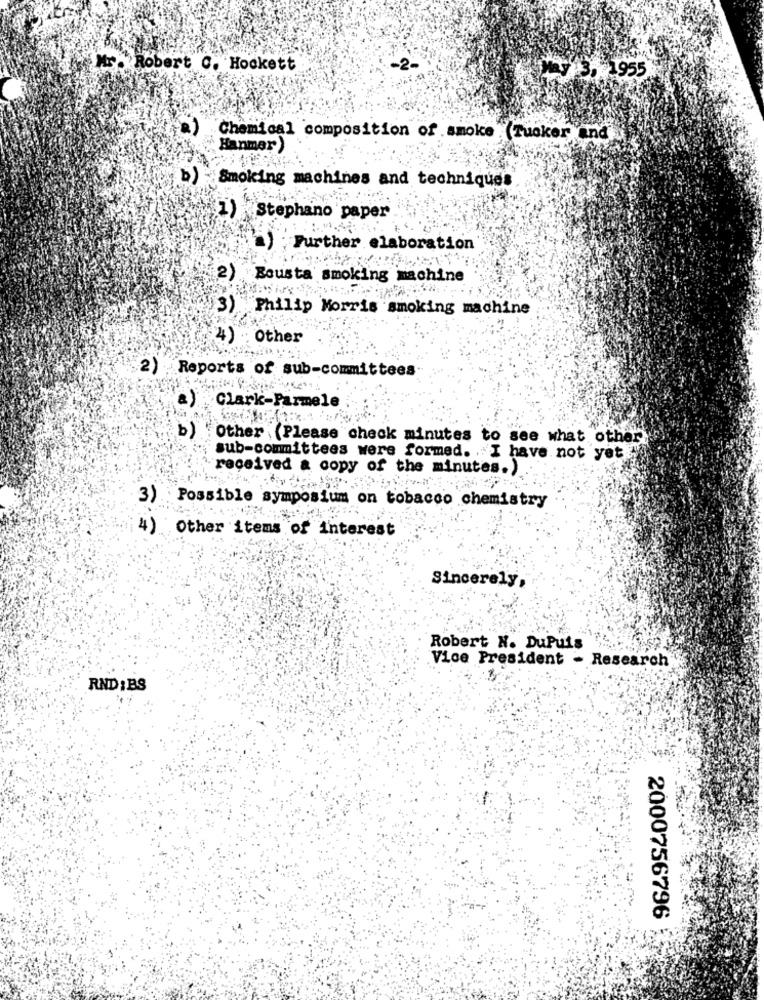
Mr. Robert C. Hockett
-2-
3. 955
Chemical composition of smoke (Tucker and
Hanmer)
b) Smoking machines and techniques
1) Stephano paper
Further elaboration
2) Bousta smoking machine
3) Philip Morris smoking machine
4) ; Other
2) Reports of sub-committees
Clark-Parmele
b)
Other (Please check minutes to see what other
sub-committees were formed. " I have not yet "
received a copy of the minutes.).
3) Possible symposium on tobacco chemistry
4) .
Other items of Interest
Sincerely,
Robert N. DuPuis
Vice President - Research
RND :BS
2000756796